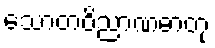
သောတဝိညာဏဓာတု